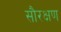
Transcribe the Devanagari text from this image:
सौरक्षण